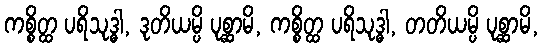
ကစ္စိတ္ထ ပရိသုဒ္ဓါ, ဒုတိယမ္ပိ ပုစ္ဆာမိ, ကစ္စိတ္ထ ပရိသုဒ္ဓါ, တတိယမ္ပိ ပုစ္ဆာမိ,